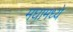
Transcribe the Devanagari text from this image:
मघामध्ये